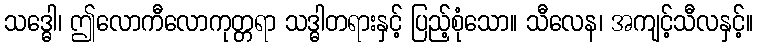
သဒ္ဓေါ၊ ဤလောကီလောကုတ္တရာ သဒ္ဓါတရားနှင့် ပြည့်စုံသော။ သီလေန၊ အကျင့်သီလနှင့်။